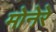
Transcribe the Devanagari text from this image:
मोनेरे